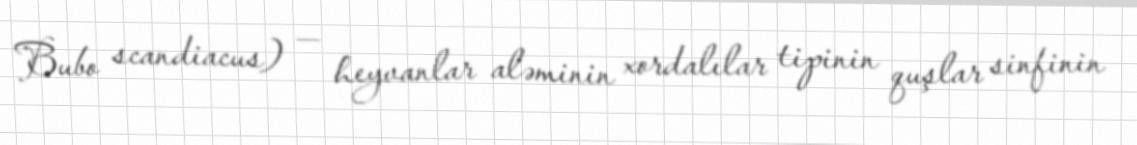
Bubo scandiacus) — heyvanlar aləminin xordalılar tipinin quşlar sinfinin